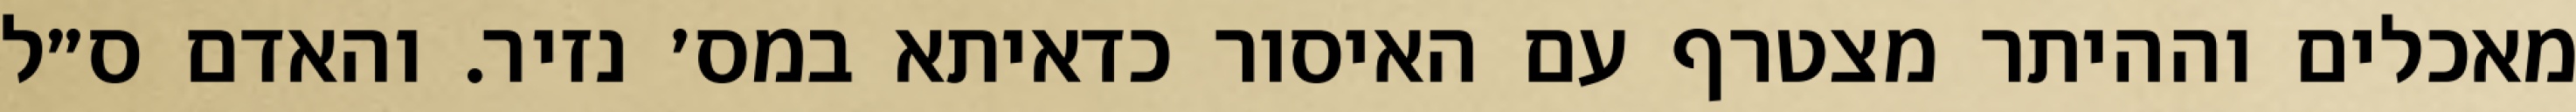
מאכלים וההיתר מצטרף עם האיסור כדאיתא במס׳ נזיר. והאדם ס״ל